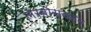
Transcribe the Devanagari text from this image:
लेस्बोसवरून